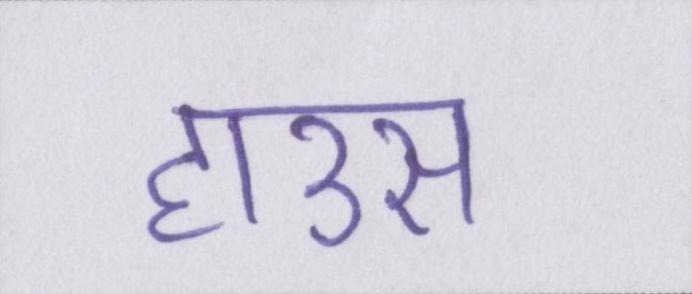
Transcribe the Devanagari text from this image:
हाउस